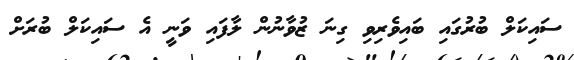
ސައިކަލް ބުރުގައި ބައިވެރިވި ގިނަ ޒުވާނުން ލާފައި ވަނީ އެ ސައިކަލް ބުރަށް